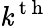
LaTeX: \mathit{k}^{\mathrm{{~t~h~}}}